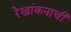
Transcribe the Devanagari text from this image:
रेखांकनाची